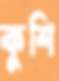
কুশি